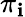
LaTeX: \textstyle\pi_{\mathbf{i}}